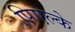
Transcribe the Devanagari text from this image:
पिएल्के